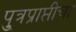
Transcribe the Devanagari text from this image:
पु्त्रप्राप्तीचा